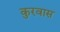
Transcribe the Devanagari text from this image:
कुरवास